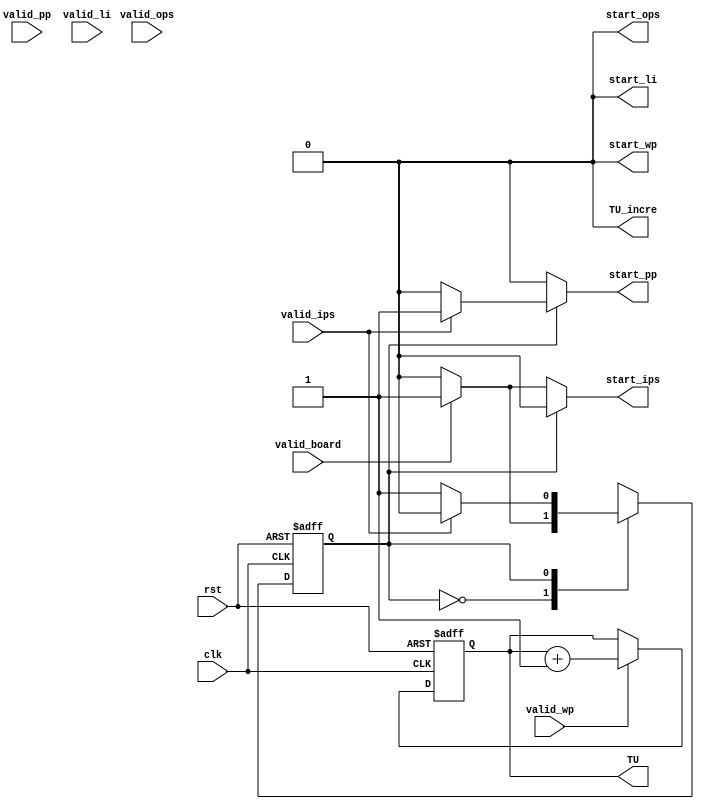
module time_unit(
	input		clk,rst,
	
	input		valid_board,
	input		valid_ips,
	input		valid_pp	,
	input		valid_ops,
	input		valid_li,
	input		valid_wp,
	
	output	start_ips,
	output	start_pp,
	output	start_ops,
	output	start_li,
	output	start_wp,
	output[15:0]	TU,
	output	TU_incre
    );
	 
//input output declaration
wire		clk,rst;

wire		valid_board;
wire		valid_ips;
wire		valid_pp;
wire		valid_ops;
wire		valid_li;
wire		valid_wp;

reg		start_ips;
reg		start_pp;
reg		start_ops;
reg		start_li;
reg		start_wp;

reg[15:0]		TU;
reg				TU_incre;


localparam	[2:0]	idle = 3'b000,
						ips = 3'b001,
						pp   = 3'b010,
						ops = 3'b011,
						li   = 3'b100,
						wp   = 3'b101,
						s6   = 3'b110,
						s7   = 3'b111;
						
reg		state_reg,next_reg;


always @(posedge clk,posedge rst)
begin
	if (rst) begin
		state_reg <= idle;
		TU			 <= 16'b0000000000000000;
	end else begin
		state_reg <= next_reg;
		if (valid_wp) begin
			TU <= TU + 1;
		end
	end
end

always@*
begin
	start_ips 	<= 1'b0;
	start_pp  	<= 1'b0;
	start_ops	<= 1'b0;
	start_li		<= 1'b0;
	start_wp		<= 1'b0;
	TU_incre		<= 1'b0;

	case (state_reg)
		idle: begin
					if (valid_board) begin
						next_reg <= ips;
						start_ips <= 1'b1;
					end else begin
						next_reg <= idle;
					end
				end
		ips: begin
					if (valid_ips) begin
						next_reg <= pp;
						start_pp <= 1'b1;
					end else begin
						next_reg <= ips;
					end
				end
		pp:  begin
					if (valid_pp) begin
						next_reg <= ops;
						start_ops <= 1'b1;
					end else begin
						next_reg <= pp;
					end
				end
		ops: begin
					if (valid_ops) begin
						next_reg <= li;
						start_li   <= 1'b1;
					end else begin
						next_reg <= ops;
					end
				end
		li:	begin
					if (valid_li) begin
						next_reg <= wp;
						start_wp <= 1'b1;
					end else begin
						next_reg <= li;
					end
				end
		wp:	begin
					if (valid_wp) begin
						next_reg <= idle;
						TU_incre   <= 1'b1;
					end else begin
						next_reg <= wp;
					end
				end
		default: begin
				next_reg <= idle;
				end
		endcase
end


endmodule